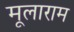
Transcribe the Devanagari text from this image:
मूलाराम